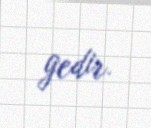
gedir.